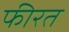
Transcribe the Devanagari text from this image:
फीरत